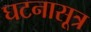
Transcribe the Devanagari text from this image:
घटनासूत्र